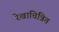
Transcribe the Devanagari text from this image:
रेखाचित्रित